Petseri_perekonnanimede_kartoteek, lk 8
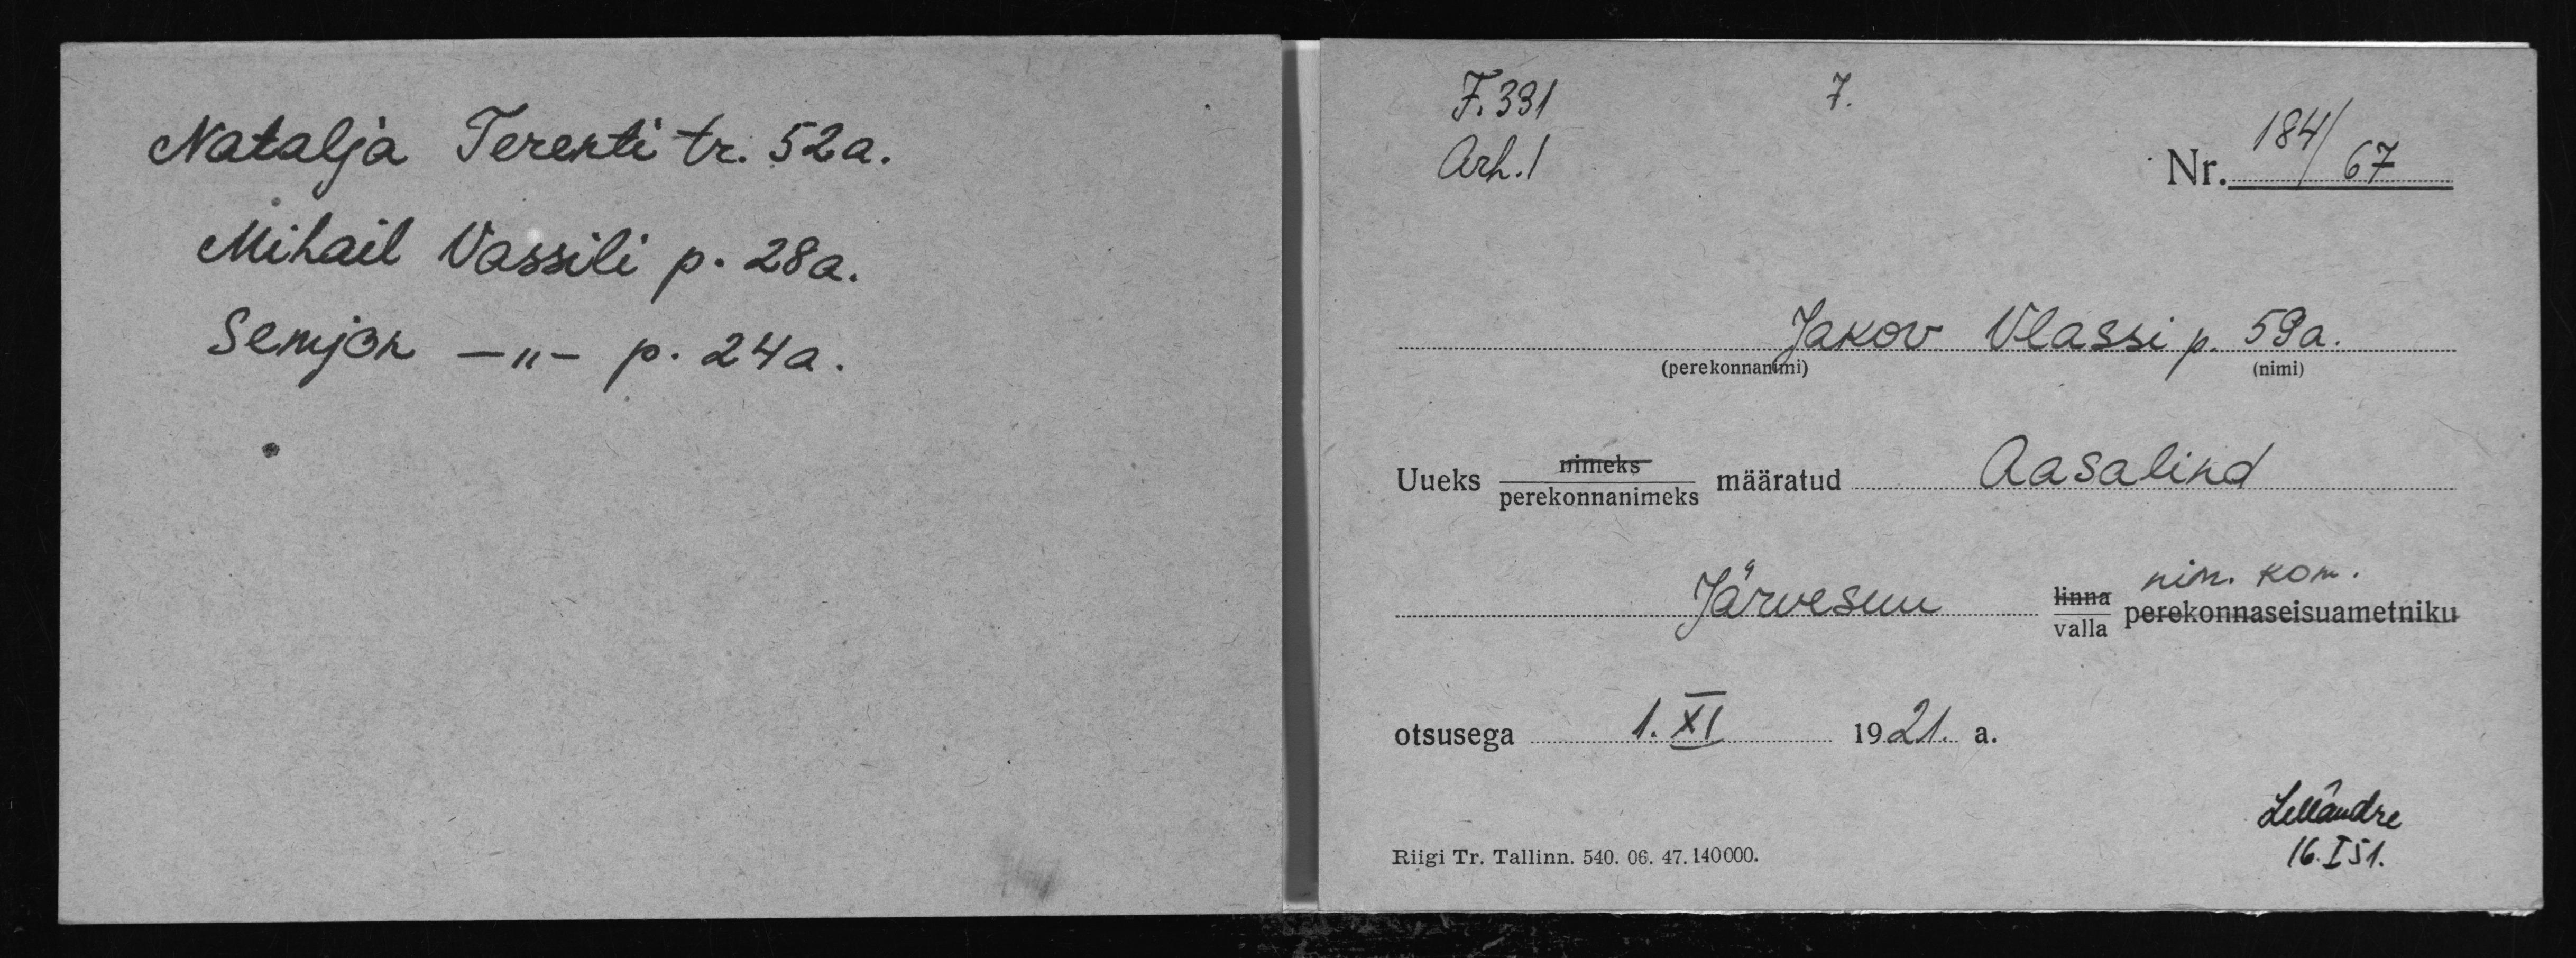
Natalja Terenti tr. 52 a.
Mihail Wassili p. 28 a.
Semjon - " - p. 24 a.

F.331
Arh.1
Nr. /67
Jakov Vlassi p. 59a.
(nimi)
nimeks
Aasalind
Uueks perekonnanimeks määratud
linna nim. kom
Järvesuu
valla perekonnaseisuametniku
otsusega 1. XI 1921.a.
LMändre
Riigi Tr. Tallinn. 540. 06. 47. 140000.
16.I 51.